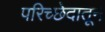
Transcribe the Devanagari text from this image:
परिच्छेदातून